Report of an investigation of the epidemic of malarial fever in Assam, or, kala-azar
Disease focus: Malaria
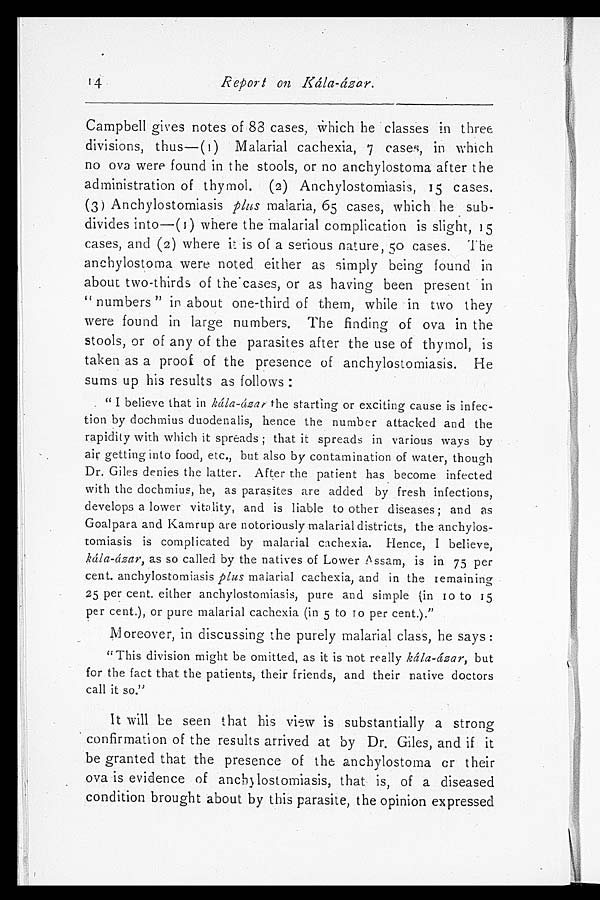
Report on Kála-ázar.
Campbell gives notes of 83 cases, Which he classes in three
divisions, thus—(1) Malarial cachexia, 7 cases, in which
no ova were found in the stools, or no anchylostoma after the
administration of thymol. (2) Anchylostomiasis, 15 cases,
(3) Anchylostomiasis plus malaria, 65 cases, which he sub-
divides into—(1) where the malarial complication is slight, 15
cases, and (2) where it is of a serious nature, 50 cases. The
anchylostoma were noted either as simply being found in
about two-thirds of the cases, or as having been present in
" numbers " in about one-third of them, while in two they
were found in large numbers. The finding of ova in the
stools, or of any of the parasites after the use of thymol, is
taken as a proof of the presence of anchylostomiasis. He
sums up his results as follows:
. " I believe that in kála-ázar the starting or exciting cause is infec-
tion by dochmius duodenalis, hence the number attacked and the
rapidity with which it spreads; that it spreads in various ways by
air getting into food, etc., but also by contamination of water, though
Dr. Giles denies the latter. After the patient has become infected
with the dochmius, he, as parasites are added by fresh infections,
develops a lower vitality, and is liable to other diseases; and as
Goalpara and Kamrup are notoriously malarial districts, the anchylos-
tomiasis is complicated by malarial cachexia. Hence, I believe,
k á l a - á z a r ,
as so called by the natives of Lower Assam, is in 75 per
cent. anchylostomiasis plus malarial cachexia, and in the remaining
25 per cent. either anchylostomiasis, pure and simple (in 10 to 15
per cent.), or pure malarial cachexia (in 5 to 10 per cent.)."
Moreover, in discussing the purely malarial class, he says:
"This division might be omitted, as it is not really kála-ázar, but
for the fact that the patients, their friends, and their native doctors
call it so."
It will be seen that his view is substantially a strong
confirmation of the results arrived at by Dr. Giles, and if it
be granted that the presence of the anchylostoma or their
ova is evidence of anchylostomiasis, that is, of a diseased
condition brought about by this parasite, the opinion expressed
1 4